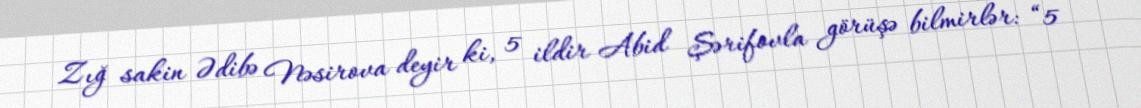
Zığ sakin Ədibə Nəsirova deyir ki, 5 ildir Abid Şərifovla görüşə bilmirlər: “5